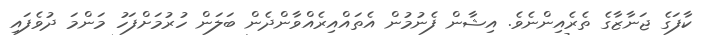
ކާފަގެ ޖަނާޒާގެ ތެރެއިންނެވެ. އިޝާން ފެނުމުން އެތައްއިރެއްވާންދެން ބަލަން ހުރުމަށްފަހު މަންމަ ދުވެފައި